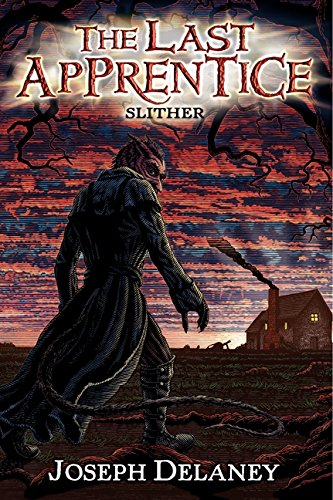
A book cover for The Last Apprentice: Slither (Book 11); Joseph Delaney; Teen & Young Adult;